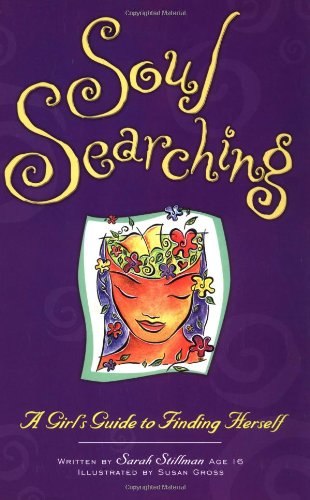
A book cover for Soul Searching: A Girl's Guide To Finding Herself; Sarah Stillman; Teen & Young Adult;